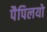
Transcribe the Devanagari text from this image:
पैपिलयो